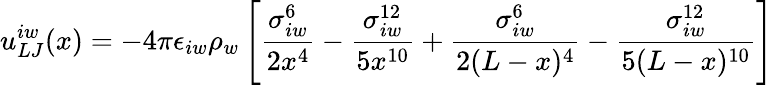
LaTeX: u_{LJ}^{iw}(x)=-4\pi\epsilon_{iw}\rho_{w}\left[\frac{\sigma_{iw}^{6}}{2x^{4}}-\frac{\sigma_{iw}^{12}}{5x^{10}}+\frac{\sigma_{iw}^{6}}{2(L-x)^{4}}-\frac{\sigma_{iw}^{12}}{5(L-x)^{10}}\right]